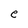
Character: e